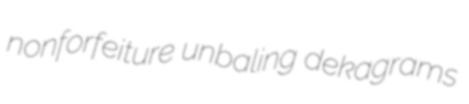
nonforfeiture unbaling dekagrams